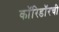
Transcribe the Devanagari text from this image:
कॉरिडॉरची